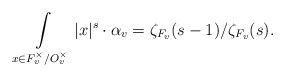
\begin{align*} \int\limits_{x\in F_v^\times/O_v^\times} |x|^s\cdot\alpha_v= \zeta_{F_v}(s-1)/\zeta_{F_v}(s).\end{align*}